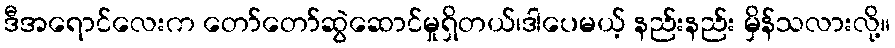
ဒီအရောင်လေးက တော်တော်ဆွဲဆောင်မှုရှိတယ်၊ဒါပေမယ့် နည်းနည်း မှိန်သလားလို့။